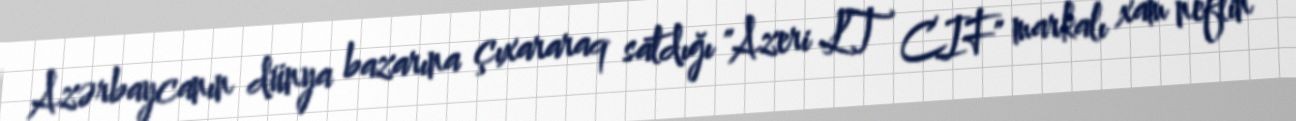
Azərbaycanın dünya bazarına çıxararaq satdığı "Azeri LT CIF" markalı xam neftin